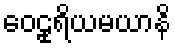
ဝေဠုရိယမယာနိ